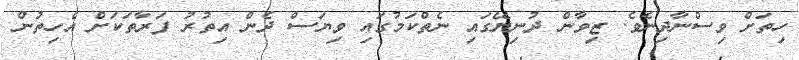
ހިތަށް ވިސްނާދިނެވެ. ޒިވާން ދުނިޔޭގައި ނެތްކަމުގައި ވިޔަސް ދެން އިތުރު ފަރާތަކަށް އެހިތުން